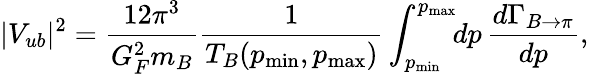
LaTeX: |V_{ub}|^{2}=\frac{12\pi^{3}}{G_{F}^{2}m_{B}}\frac{1}{T_{B}(p_{\mathrm{min}},p_{\mathrm{max}})}\int_{p_{\mathrm{min}}}^{p_{\mathrm{max}}}\! \! dp\, \frac{d\Gamma_{B\to\pi}}{dp},